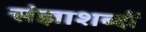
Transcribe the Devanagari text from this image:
संज्ञाशब्दों